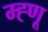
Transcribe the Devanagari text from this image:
म्ह्णू